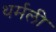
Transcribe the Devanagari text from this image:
थर्मली